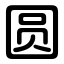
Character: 圆